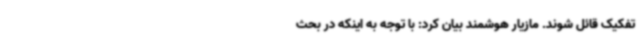
تفکیک قائل شوند. مازیار هوشمند بیان کرد: با توجه به اینکه در بحث